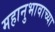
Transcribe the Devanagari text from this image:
महानुभावाच्या